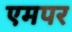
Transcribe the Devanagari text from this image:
एमपर